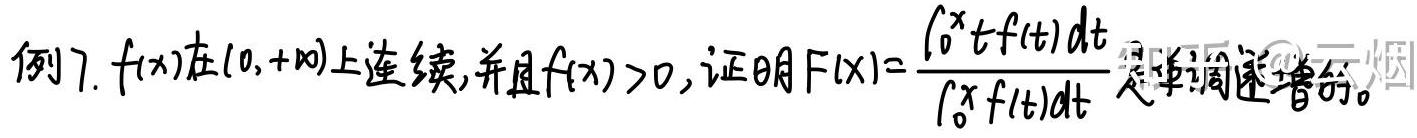
例7. $f(x)$在$(0,+\infty)$上连续, 并且$f(x)>0$, 证明$F(x)=\frac{\int_{0}^{x}tf(t)dt}{\int_{0}^{x}f(t)dt}$是单调递增的。